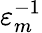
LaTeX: \varepsilon_{m}^{-1}